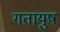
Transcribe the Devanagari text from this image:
गतायुष